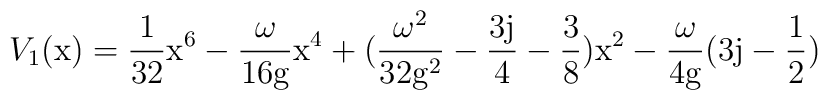
V_1(\rm x) = \frac{1}{32} \rm x^6 - \frac{\omega}{16\rm g} \rm x^4 +(\frac{\omega^2}{32\rm g^2} - \frac{3j}{4} - \frac{3}{8}) \rm x^2 -\frac{\omega}{4\rm g} (3j-\frac{1}{2})